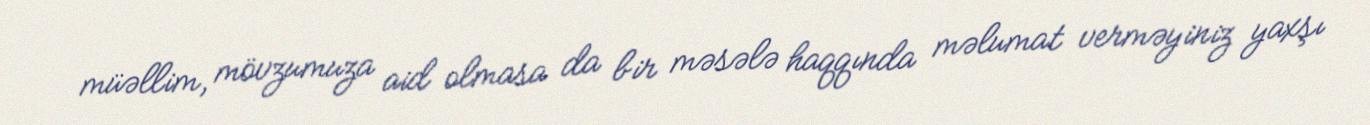
müəllim, mövzumuza aid olmasa da bir məsələ haqqında məlumat verməyiniz yaxşı